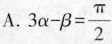
A. $$3 \alpha - \beta = \frac{\pi}{2}$$